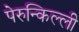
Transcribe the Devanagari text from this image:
पेरुन्किल्ली